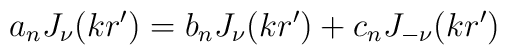
a_n J_{\nu}(k r') =b_n J_{\nu}(k r') + c_n J_{-\nu}(k r')